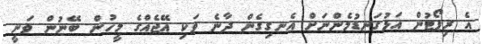
އެ ރިޕޯޓުން އަޅުގަނޑުމެންނަށް އެނގިގެން ދާނެ ވަކި އޭޖެއްގެ މީހުން ބޭނުން ވަނީ